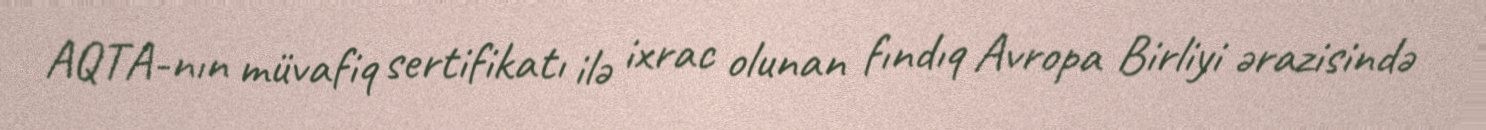
AQTA-nın müvafiq sertifikatı ilə ixrac olunan fındıq Avropa Birliyi ərazisində